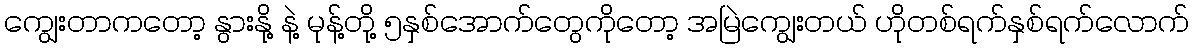
ကျွေးတာကတော့ နွားနို့ နဲ့ မုန့်တို့ ၅နှစ်အောက်တွေကိုတော့ အမြဲကျွေးတယ် ဟိုတစ်ရက်နှစ်ရက်လောက်